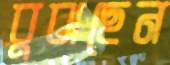
বুঝছেন